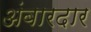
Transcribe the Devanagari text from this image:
अंबारदार